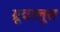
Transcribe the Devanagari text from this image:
ग्रूवालूस